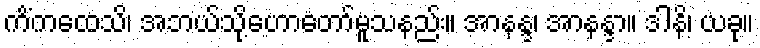
ကိံကထေသိ၊ အဘယ်သို့ဟောတော်မူသနည်း။ အာနန္ဒ၊ အာနန္ဒာ။ ဒါနိ၊ ယခု။